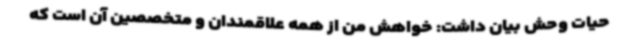
حیات وحش بیان داشت: خواهش من از همه علاقمندان و متخصصین آن است که